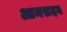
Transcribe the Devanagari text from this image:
आमसदन